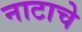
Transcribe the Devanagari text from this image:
नाटाचे